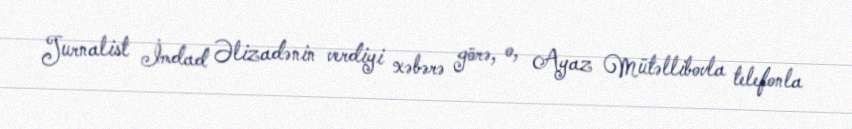
Jurnalist İmdad Əlizadənin verdiyi xəbərə görə, o, Ayaz Mütəllibovla telefonla